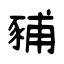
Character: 豧